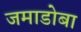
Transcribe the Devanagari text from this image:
जमाडोबा